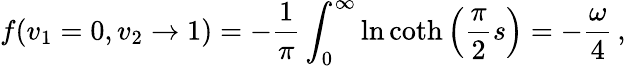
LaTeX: f(v_{1}=0,v_{2}\to 1)=-\frac{1}{\pi}\int_{0}^{\infty}\ln\coth\left(\frac{\pi}{2}s\right)=-\frac{\omega}{4}\, ,